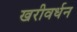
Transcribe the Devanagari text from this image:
खरीवर्धन